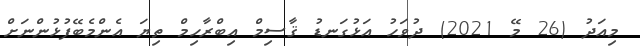
މިއަދު (26 މޭ 2021) ދުވަހު އަޅުގަނޑު ޤާސިމް އިބްރާހިމް ތިޔަ އެންމެބޭފުޅުންނަށް